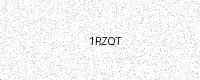
Text: 1RZQT